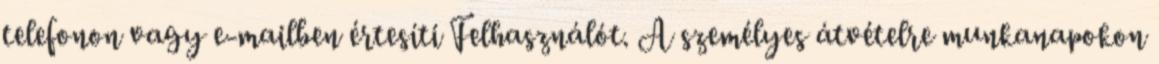
telefonon vagy e-mailben értesíti Felhasználót. A személyes átvételre munkanapokon